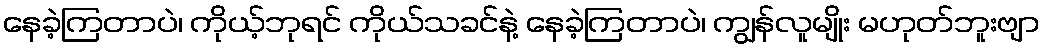
နေခဲ့ကြတာပဲ၊ ကိုယ့်ဘုရင် ကိုယ်သခင်နဲ့ နေခဲ့ကြတာပဲ၊ ကျွန်လူမျိုး မဟုတ်ဘူးဗျာ